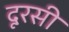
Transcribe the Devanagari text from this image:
दूरसी